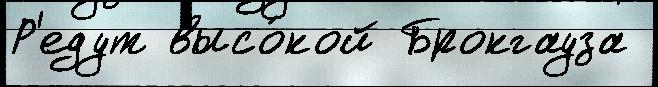
Р'едут высо́кой Брокгауза